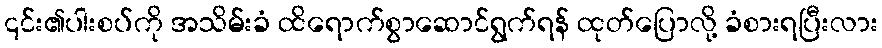
၎င်း၏ပါးစပ်ကို အသိမ်းခံ ထိရောက်စွာဆောင်ရွက်ရန် ထုတ်ပြောလို့ ခံစားရပြီးလား